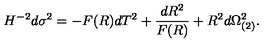
H ^ { - 2 } d \sigma ^ { 2 } = - F ( R ) d T ^ { 2 } + { \frac { d R ^ { 2 } } { F ( R ) } } + R ^ { 2 } d \Omega _ { ( 2 ) } ^ { 2 } .